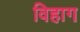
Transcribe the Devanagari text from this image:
विहाग